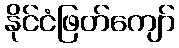
နိုင်ငံဖြတ်ကျော်